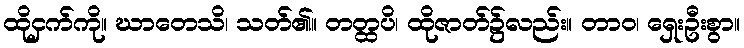
ထိုငှက်ကို။ ဃာတေသိ၊ သတ်၏။ တတ္ထပိ၊ ထိုဇာတ်၌လည်း။ တာဝ၊ ရှေးဦးစွာ။